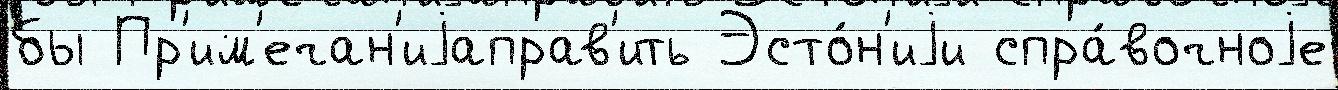
бы Пр'им'ечан'иjаправ'ить Эсто́н'иjи спра́вочноjе